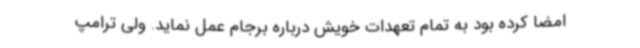
امضا کرده بود به تمام تعهدات خویش درباره برجام عمل نماید. ولی ترامپ